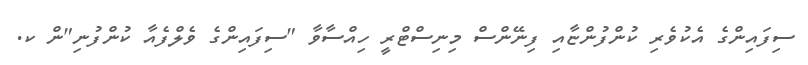
ސިފައިންގެ އެކުވެރި ކުންފުންޏާއި ފިނޭންސް މިނިސްޓްރީ ހިއްސާވާ "ސިފައިންގެ ވެލްފެއާ ކުންފުނި"ން ކ.